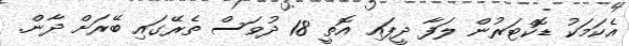
އެކަމަކު ޑޮކްޓަރުން ލަފާ ދީފައި އޮތީ 18 ދުވަސް ތެރޭގައި ބޭރަށް ދާން.